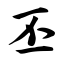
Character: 丕